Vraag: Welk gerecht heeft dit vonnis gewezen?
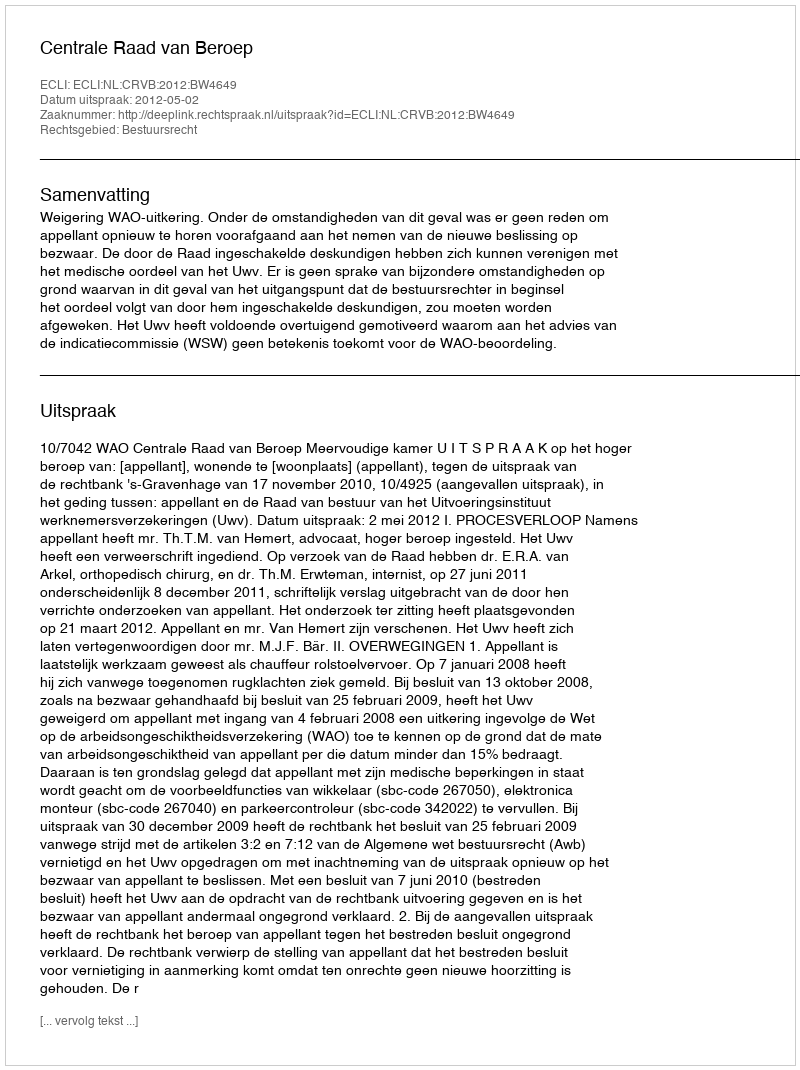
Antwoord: Centrale Raad van Beroep